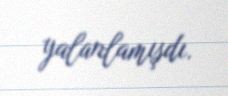
yalanlamışdı.